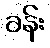
ခန်း